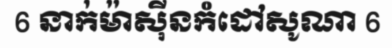
6 នាក់ម៉ាស៊ីនកំដៅសូណា 6